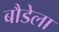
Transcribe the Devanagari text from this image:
बौडेला